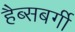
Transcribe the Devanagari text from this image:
हैब्सबर्गी